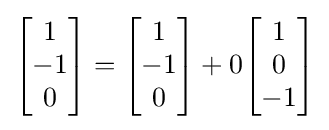
{\begin{bmatrix}1\\-1\\0\end{bmatrix}}={\begin{bmatrix}1\\-1\\0\end{bmatrix}}+0{\begin{bmatrix}1\\0\\-1\end{bmatrix}}